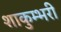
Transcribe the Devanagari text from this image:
शाकुम्भरी